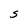
Character: S